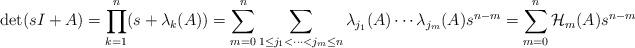
LaTeX: \begin{align*} \begin{aligned}\det(sI+ A)& =\prod\limits_{k=1}^n(s+\lambda_k(A)) =\sum\limits_{m=0}^n\sum\limits_{1\leq j_1<\dots<j_m\leq n}\lambda_{j_1}(A)\cdots\lambda_{j_m}(A)s^{n-m}=\sum\limits_{m=0}^n \mathcal{H}_m(A)s^{n-m} \end{aligned} \end{align*}